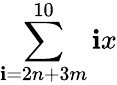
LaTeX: \sum\limits_{\mathbf{i}=2n+3m}^{10}\mathbf{i}x